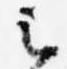
云